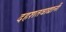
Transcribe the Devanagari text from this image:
दहशतवाद्यानी